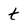
Character: t